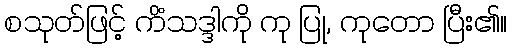
စသုတ်ဖြင့် ကိံသဒ္ဒါကို ကု ပြု, ကုတော ပြီး၏။